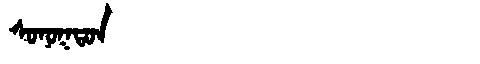
Manchu: ᠰᠣᠨᠣᡴᡨᠣᠨ
Romanization: SONOKTON